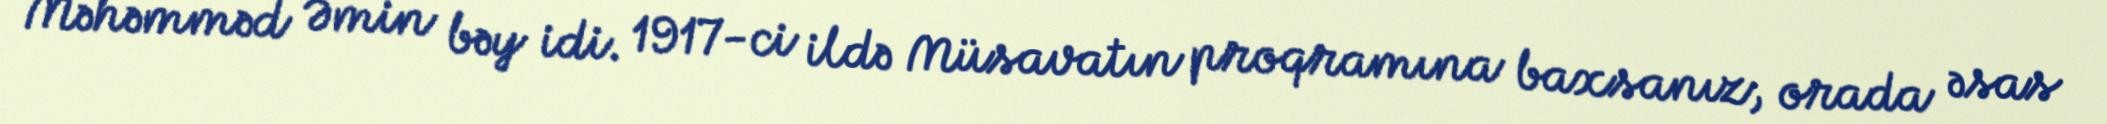
Məhəmməd Əmin bəy idi. 1917-ci ildə Müsavatın proqramına baxsanız, orada əsas